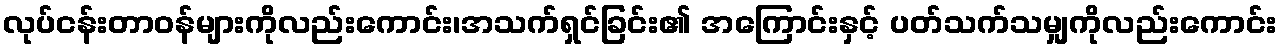
လုပ်ငန်းတာဝန်များကိုလည်းကောင်း၊အသက်ရှင်ခြင်း၏ အကြောင်းနှင့် ပတ်သက်သမျှကိုလည်းကောင်း